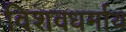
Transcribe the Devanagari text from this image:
विशवधर्माय